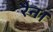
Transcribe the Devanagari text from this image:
रैन।